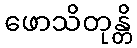
ဖောသိတုန္တိ